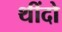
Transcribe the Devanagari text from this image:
थींदो